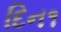
દિન૧